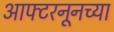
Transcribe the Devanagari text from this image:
आफ्टरनूनच्या